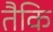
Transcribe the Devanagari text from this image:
तैकि